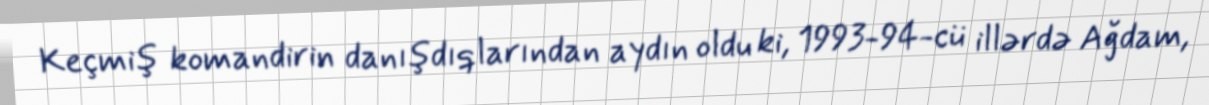
Keçmiş komandirin danışdıqlarından aydın oldu ki, 1993-94-cü illərdə Ağdam,